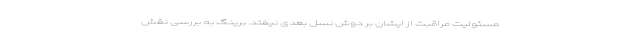
مسئولیت مراقبت از ایشان بر دوش نسل بعدی نیفتد. برینگ به بررسی نقش